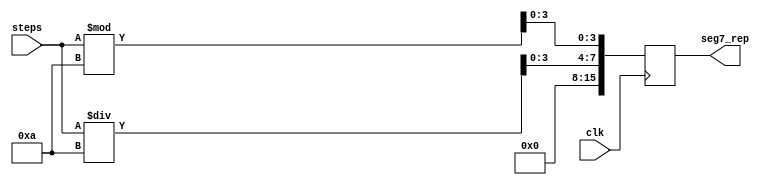
// CSM152A
//
// Carol Nihar Charlotte  
// 
// Additional Comments: 
//
//////////////////////////////////////////////////////////////////////////////////

`timescale 1ns / 1ps

module step_to_seg7(clk, steps, seg7_rep);
  
  input clk;
  input [15:0] steps;
  
  output reg [15:0] seg7_rep;
  
  always @ (posedge clk)
	begin
    seg7_rep[15:12] <= 4'b0000; // divide by 1000
    seg7_rep[11:8]  <= 4'b0000; // divide by 100
    seg7_rep[7:4] <= (steps / 4'b1010); // divide by 10
    seg7_rep[3:0]  <= (steps % 4'b1010); // modulo by 10
	end
endmodule